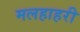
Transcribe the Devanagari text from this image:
मलहाहरी